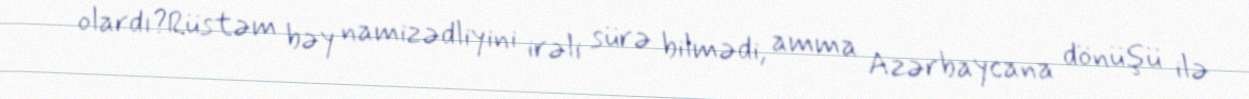
olardı?Rüstəm bəy namizədliyini irəli sürə bilmədi, amma Azərbaycana dönüşü ilə